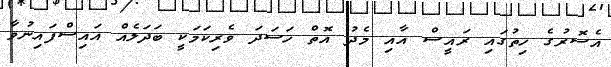
އެސޮރުގެ ހިތުގައި ރައީސް އާއި މެދު އޮތް ހަސަދަ ވެރިކަމަކީ ބަދަލެއް އައިސްފައިނުވާ